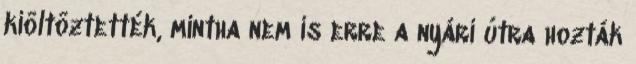
kiöltöztették, mintha nem is erre a nyári útra hozták